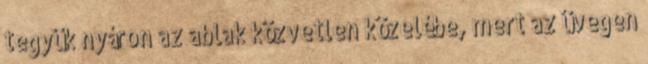
tegyük nyáron az ablak közvetlen közelébe, mert az üvegen